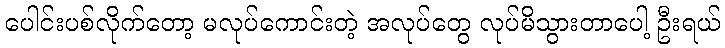
ပေါင်းပစ်လိုက်တော့ မလုပ်ကောင်းတဲ့ အလုပ်တွေ လုပ်မိသွားတာပေါ့ ဦးရယ်